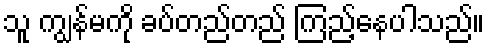
သူ ကျွန်မကို ခပ်တည်တည် ကြည့်နေပါသည်။